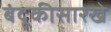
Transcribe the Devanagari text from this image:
बंदूकीसारखे